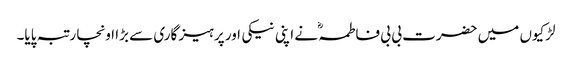
لڑکیوں میں حضرت بی بی فاطمہؓ نے اپنی نیکی اور پرہیز گاری سے بڑا اونچا رتبہ پایا۔